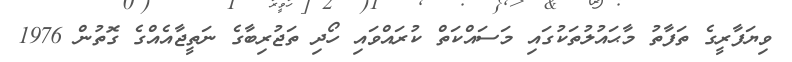
ވިޔަފާރީގެ ތަފާތު މާޙައުލުތަކުގައި މަސައްކަތް ކުރައްވައި ހޯދި ތަޖުރިބާގެ ނަތީޖާއެއްގެ ގޮތުން 1976